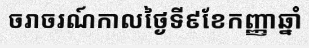
ចរាចរណ៍កាលថ្ងៃទី៩ខែកញ្ញាឆ្នាំ